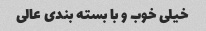
خیلی خوب و با بسته بندی عالی